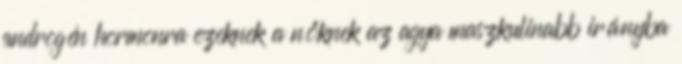
androgén hormonra ezeknek a nőknek az agya maszkulinabb irányba